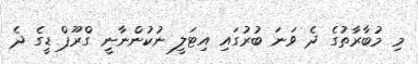
މި މުބާރާތުގެ ދެ ވަނަ ބުރުގައި އިޓަލީ ނުކުންނާނީ ގްރޫޕް ޑީގެ ދެ